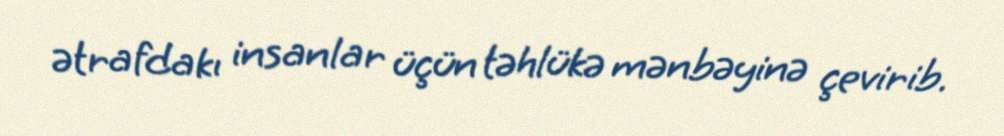
ətrafdakı insanlar üçün təhlükə mənbəyinə çevirib.